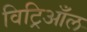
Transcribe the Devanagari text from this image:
विट्रिआँल